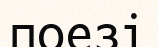
поезі